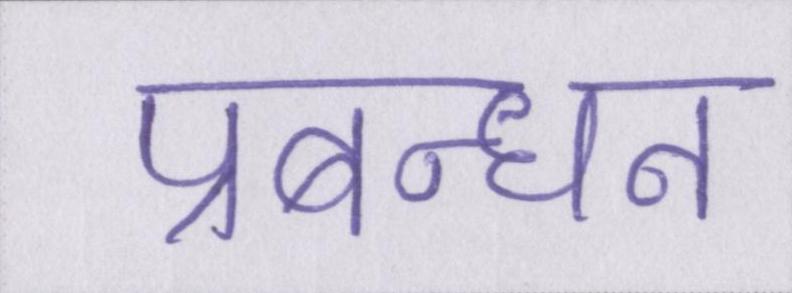
प्रबन्धन